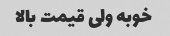
خوبه ولی قیمت بالا